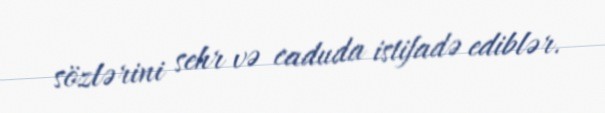
sözlərini sehr və caduda istifadə ediblər.